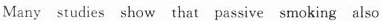
Many studies show that passive smoking also